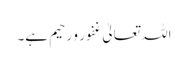
اللہ تعالیٰ غفور و رحیم ہے۔